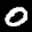
Label: 0